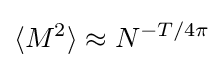
\langle M^{2}\rangle \approx N^{-T/4\pi }